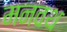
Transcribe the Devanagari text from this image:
मनवथ